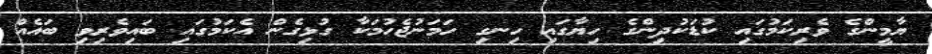
ޔާމީންގެ ވެރިކަމުގައި ކުޑަކުދިންގެ ހިޔާގައި ހިނގި ހަމަނުޖެހުމަކާ ގުޅިގެން އެކަމުގައި ބައިވެރިވި ބައެއް